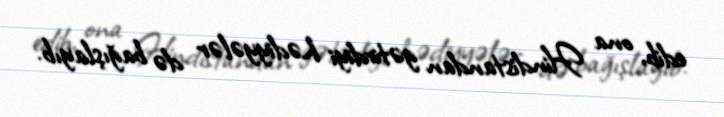
edib, ona Hindistandan gətirdiyi hədiyyələr də bağışlayıb.